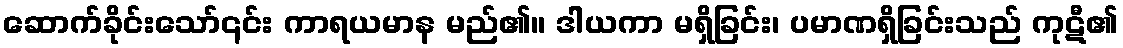
ဆောက်ခိုင်းသော်၎င်း ကာရယမာန မည်၏။ ဒါယကာ မရှိခြင်း၊ ပမာဏရှိခြင်းသည် ကုဋီ၏